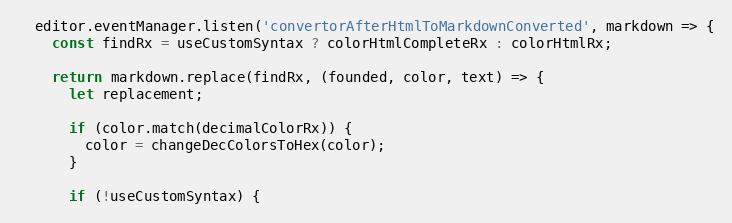
Language: JavaScript
  editor.eventManager.listen('convertorAfterHtmlToMarkdownConverted', markdown => {
    const findRx = useCustomSyntax ? colorHtmlCompleteRx : colorHtmlRx;

    return markdown.replace(findRx, (founded, color, text) => {
      let replacement;

      if (color.match(decimalColorRx)) {
        color = changeDecColorsToHex(color);
      }

      if (!useCustomSyntax) {